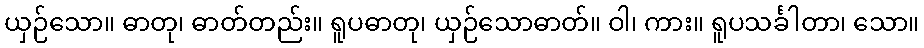
ယှဉ်သော။ ဓာတု၊ ဓာတ်တည်း။ ရူပဓာတု၊ ယှဉ်သောဓာတ်။ ဝါ၊ ကား။ ရူပသင်္ခါတာ၊ သော။